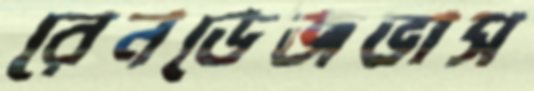
রেনডেজভাস